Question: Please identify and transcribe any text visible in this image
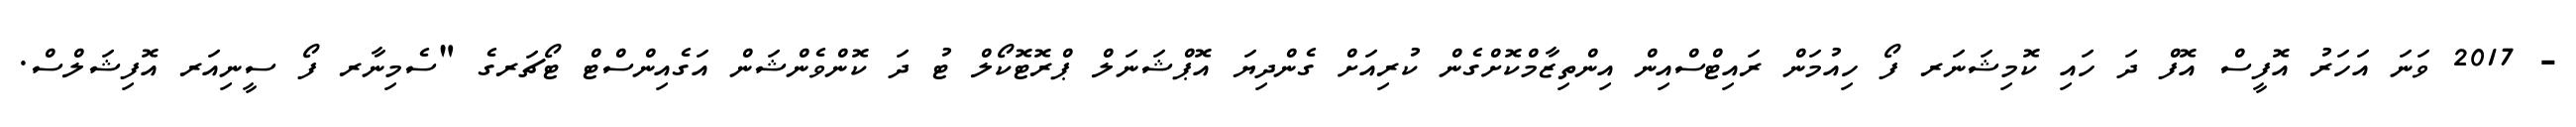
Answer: - 2017 ވަނަ އަހަރު އޮފީސް އޮފް ދަ ހައި ކޮމިޝަނަރ ފޯ ހިއުމަން ރައިޓްސްއިން އިންތިޒާމްކޮށްގެން ކުރިއަށް ގެންދިޔަ އޮޕްޝަނަލް ޕްރޮޓޮކޯލް ޓު ދަ ކޮންވެންޝަން އަގެއިންސްޓް ޓޯޗަރގެ "ސެމިނާރ ފޯ ސީނިއަރ އޮފިޝަލްސް.